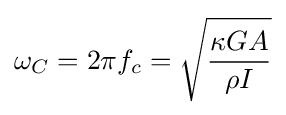
\omega _{C}=2\pi f_{c}={\sqrt {\frac {\kappa GA}{\rho I}}}